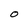
Character: O